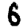
Digit: 6